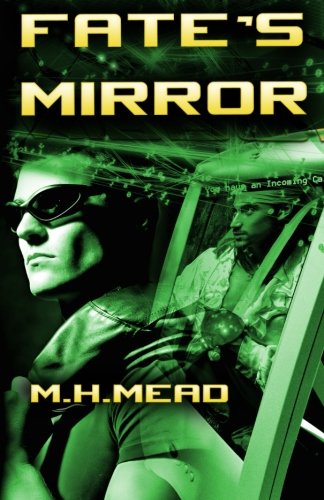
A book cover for Fate's Mirror; M. H. Mead; Science Fiction & Fantasy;